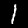
Digit: 1